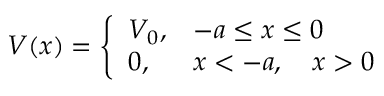
V ( x ) = \left\{ \begin{array} { l l } { { V _ { 0 } , } } & { { - a \le x \le 0 } } \\ { { 0 , } } & { { x < - a , \quad x > 0 } } \end{array} \right.